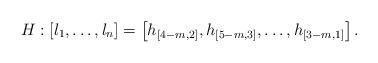
LaTeX: \begin{align*}H:\left[l_1,\dots, l_n\right]=\left[h_{[4-m,2]}, h_{[5-m,3]},\dots, h_{[3-m,1]}\right].\end{align*}